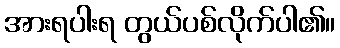
အားရပါးရ တွယ်ပစ်လိုက်ပါ၏။